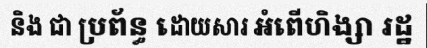
និង ជា ប្រព័ន្ធ ដោយសារ អំពើហិង្សា រដ្ឋ